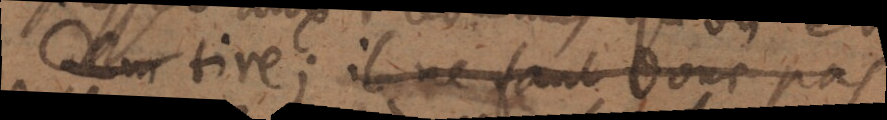
tire; il ne faut donc pas